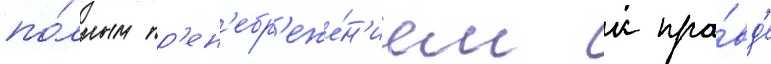
по́лным пр'ен'ебр'еже́н'ием к пра́вд'е